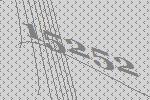
15252